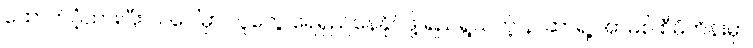
ထောက်ပံ့ထားပြီး လပေါ်မှာ လူတွေ ရေရှည်နေနိုင်ဖို့ ရည်ရွယ်တဲ့ နာဆာရဲ့ အာမိစ် စီမံကိန်းမှာ